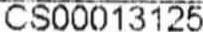
CS00013125